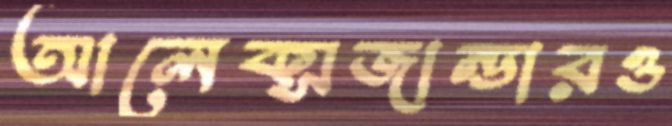
আলেক্সজান্ডারও